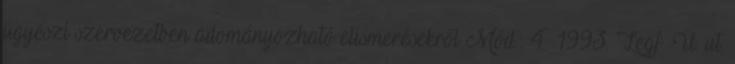
ügyészi szervezetben adományozható elismerésekről Mód.: 4 1993. Legf. Ü. ut.